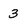
Character: 3